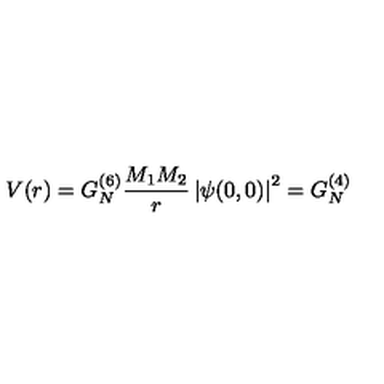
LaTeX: V ( r ) = G _ { N } ^ { ( 6 ) } \frac { M _ { 1 } M _ { 2 } } { r } \left| \psi ( 0 , 0 ) \right| ^ { 2 } = G _ { N } ^ { ( 4 ) }